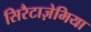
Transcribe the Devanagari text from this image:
सिरैटाज़ेमिया